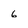
Character: 6